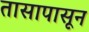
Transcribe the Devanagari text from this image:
तासापासून